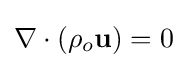
{\nabla \cdot \left(\rho _{o}\mathbf {u} \right)=0}